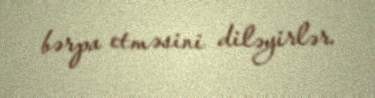
bərpa etməsini diləyirlər.